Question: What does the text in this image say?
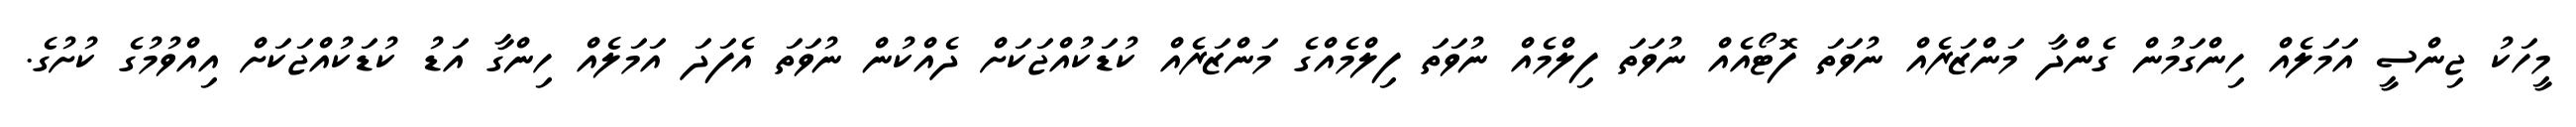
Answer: މީހަކު ޖިންސީ އަމަލެއް ހިންގަމުން ގެންދާ މަންޒަރެއް ނުވަތަ ފޮޓޯއެއް ނުވަތަ ފިލްމެއް ނުވަތަ ފިލްމެއްގެ މަންޒަރެއް ކުޑަކުއްޖަކަށް ދެއްކުން ނުވަތަ އެފަދަ އަމަލެއް ހިންގާ އަޑު ކުޑަކުއްޖަކަށް އިއްވުމުގެ ކުށުގެ.